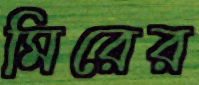
মিরের